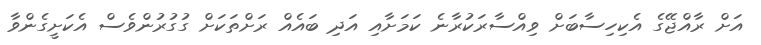
އަށް ރާއްޖޭގެ އެކިހިސާބަށް ވިއްސާރަކުރާނެ ކަމަށާއި އަދި ބައެއް ރަށްތަކަށް ގުގުރުންވެސް އެކަށީގެންވާ